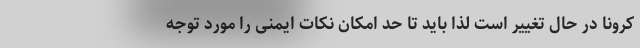
کرونا در حال تغییر است لذا باید تا حد امکان نکات ایمنی را مورد توجه